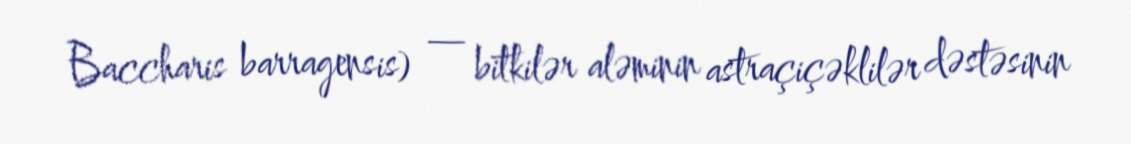
Baccharis barragensis) — bitkilər aləminin astraçiçəklilər dəstəsinin